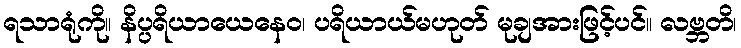
ရသာရုံကို။ နိပ္ပရိယာယေနေဝ၊ ပရိယာယ်မဟုတ် မုချအားဖြင့်ပင်။ လဗ္ဘတိ၊